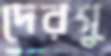
দেরসু